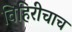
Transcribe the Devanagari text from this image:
विहिरीचाच